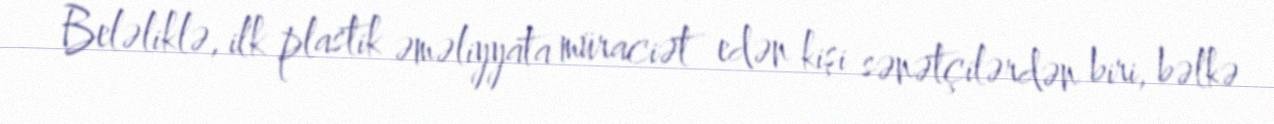
Beləliklə, ilk plastik əməliyyata müraciət edən kişi sənətçilərdən biri, bəlkə